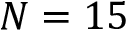
N = 1 5